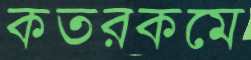
কতরকমে